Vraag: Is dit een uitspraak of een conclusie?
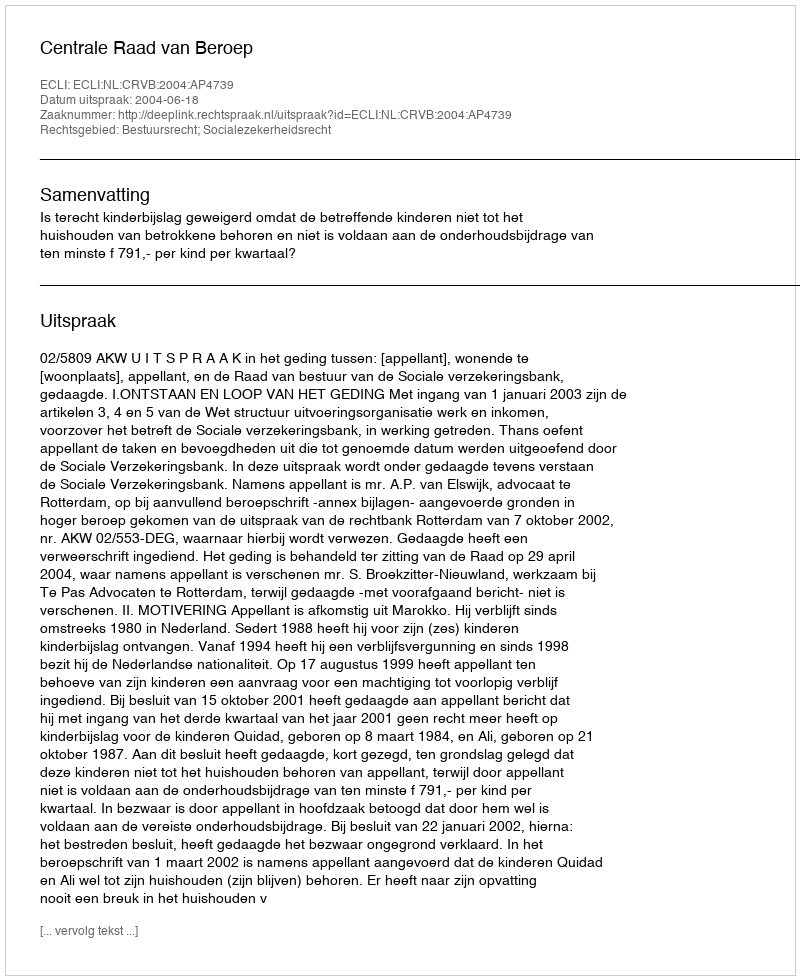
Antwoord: Uitspraak